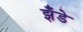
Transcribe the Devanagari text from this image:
झँडे